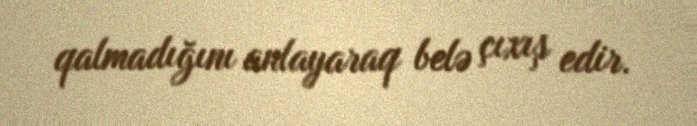
qalmadığını anlayaraq belə çıxış edir.